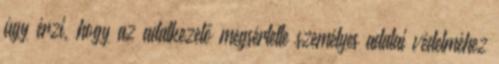
úgy érzi, hogy az adatkezelő megsértette személyes adatai védelméhez